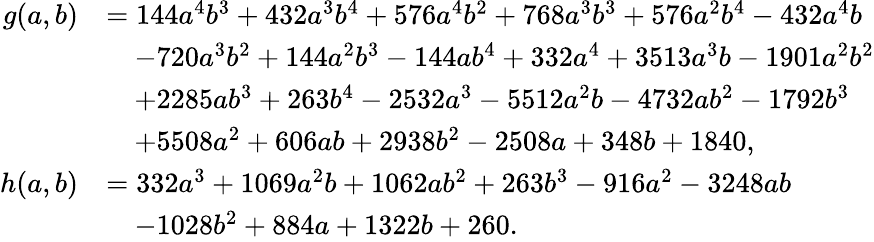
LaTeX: \begin{array}{rl}{g(a,b)}&{=144a^{4}b^{3}+432a^{3}b^{4}+576a^{4}b^{2}+768a^{3}b^{3}+576a^{2}b^{4}-432a^{4}b}\\ &{\quad-720a^{3}b^{2}+144a^{2}b^{3}-144ab^{4}+332a^{4}+3513a^{3}b-1901a^{2}b^{2}}\\ &{\quad+2285ab^{3}+263b^{4}-2532a^{3}-5512a^{2}b-4732ab^{2}-1792b^{3}}\\ &{\quad+5508a^{2}+606ab+2938b^{2}-2508a+348b+1840,}\\ {h(a,b)}&{=332a^{3}+1069a^{2}b+1062ab^{2}+263b^{3}-916a^{2}-3248ab}\\ &{\quad-1028b^{2}+884a+1322b+260.}\end{array}